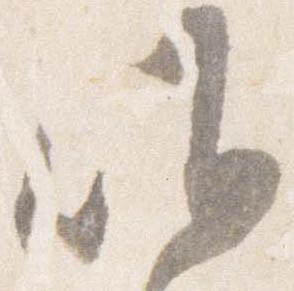
昨